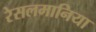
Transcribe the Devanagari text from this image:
रेसलमानिया